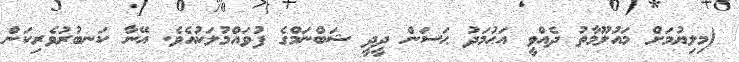
(މިލިޔުމަށް މައުލޫމާތު ދެއްވީ އަޙުމަދު ޙަސަން ދީދީ ޝަބްނަމްގެ ފުވައްމުލަކުއެވެ. އޭނާ ކަނބުރުވެރިކަން